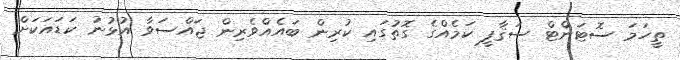
ތީހަމަ ސޮޓަންޓް ސަޤާފީ ކަމެއްގެ ގޮތުގައި ކުރިން ބައެއްވެރިން ޖައްސަވާ އުޅުނު ކަޑައަކަށް